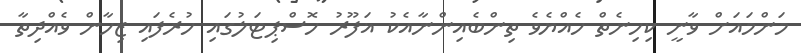
މަންމައަށް ވާނީ ކިހިނެތް ހެއްޔެވެ ތިންބެއިންނާއެކު ޣަފޫރު ހޮސްޕިޓަލުގައި ހުރެފައި ޒިހާން ވެއްދިތާ